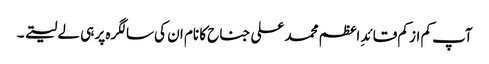
آپ کم از کم قائدِ اعظم محمد علی جناح کا نام ان کی سالگرہ پر ہی لے لیتے ۔